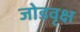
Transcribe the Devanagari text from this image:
जोडवृक्ष